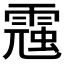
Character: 𩄁